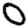
Digit: 0